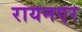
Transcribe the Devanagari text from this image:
रायनएर